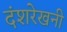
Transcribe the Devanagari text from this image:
दंशरेखनी